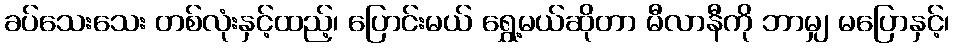
ခပ်သေးသေး တစ်လုံးနှင့်ထည့်၊ ပြောင်းမယ် ရွှေ့မယ်ဆိုတာ မီလာနီကို ဘာမျှ မပြောနှင့်၊